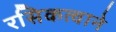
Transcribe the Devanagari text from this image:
रसिकत्वाने